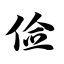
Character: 俭